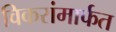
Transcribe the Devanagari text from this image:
विकरांमार्फत